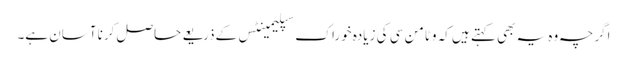
اگرچہ وہ یہ بھی کہتے ہیں کہ وٹامن سی کی زیادہ خوراک سپلیمینٹس کے‌ذریعے حاصل کرنا آسان ہے۔